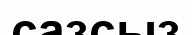
сазсыз